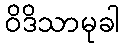
ဝိဒိသာမုခါ